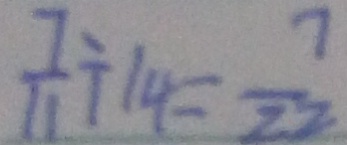
\frac { 7 } { 1 1 } \div 1 4 = \frac { 7 } { 2 2 }